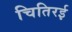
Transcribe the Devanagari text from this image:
चितिरई